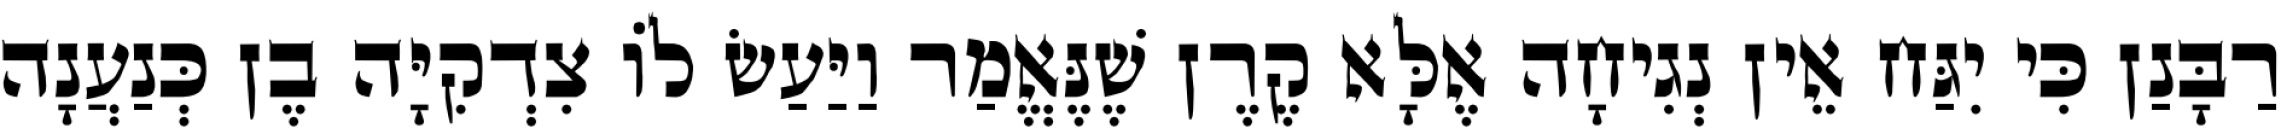
רַבָּנַן כִּי יִגַּח אֵין נְגִיחָה אֶלָּא קֶרֶן שֶׁנֶּאֱמַר וַיַּעַשׂ לוֹ צִדְקִיָּה בֶן כְּנַעֲנָה